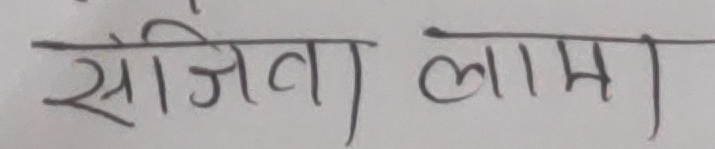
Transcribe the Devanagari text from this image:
संजिवा लामा